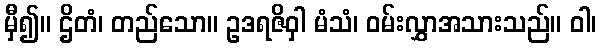
မှီ၍။ ဌိတံ၊ တည်သော။ ဥဒရဇိဝှါ မံသံ၊ ဝမ်းလွှာအသားသည်။ ဝါ၊